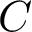
C